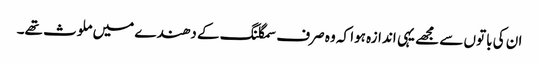
ان کی باتوں سے مجھے یہی اندازہ ہوا کہ وہ صرف سمگلنگ کے دھندے میں ملوث تھے۔